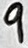
Text: 9